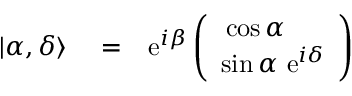
\begin{array} { r l r } { | \alpha , \delta \rangle } & { { } = } & { \mathrm { e } ^ { i \beta } \left( \begin{array} { c } { \cos \alpha \ \ \ \ } \\ { \sin \alpha \ \mathrm { e } ^ { i \delta } } \end{array} \right) } \end{array}